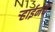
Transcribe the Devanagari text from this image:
ऱ्हाईनचे